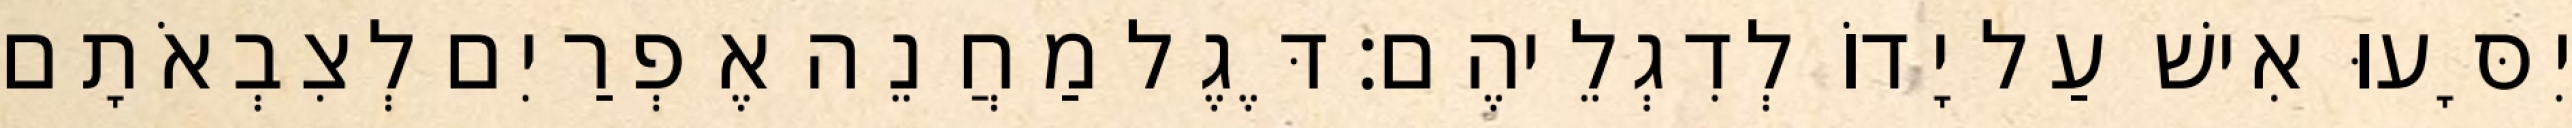
יִסָּעוּ אִישׁ עַל יָדוֹ לְדִגְלֵיהֶם׃ דֶּגֶל מַחֲנֵה אֶפְרַיִם לְצִבְאֹתָם